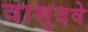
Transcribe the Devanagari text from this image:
वासुदवे